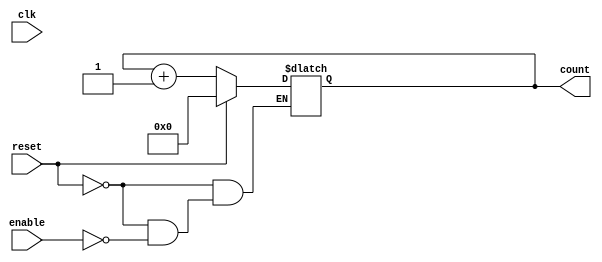
module dynamic_async_counter (
    input wire clk,               // Clock signal
    input wire reset,             // Asynchronous reset
    input wire enable,            // Enable signal for counting
    output reg [3:0] count        // 4-bit counter output
);

    // Asynchronous reset and counting logic
    always @(*) begin
        if (reset) begin
            count = 4'b0000;  // Reset counter to 0
        end else if (enable) begin
            count = count + 1; // Increment counter
        end
    end

endmodule